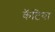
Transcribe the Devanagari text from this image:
कॅटिया